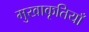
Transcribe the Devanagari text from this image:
मुखाकृतियाँ